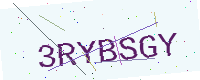
Text: 3RYBSGY